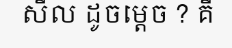
សីល ដូចម្តេច ? គឺ